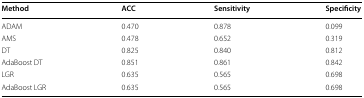
| Method | ACC | Sensitivity | Specificity |
 | --- | --- | --- | --- |
 | ADAM | 0.470 | 0.878 | 0.099 |
 | AMS | 0.478 | 0.652 | 0.319 |
 | DT | 0.825 | 0.840 | 0.812 |
 | AdaBoost DT | 0.851 | 0.861 | 0.842 |
 | LGR | 0.635 | 0.565 | 0.698 |
 | AdaBoost LGR | 0.635 | 0.565 | 0.698 |